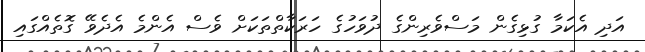
އަދި އެކަމާ ގުޅިގެން މަސްވެރިންގެ ދުވަހުގެ ހަރަކާތްތަކަށް ވެސް އެންމެ އެދެވޭ ގޮތެއްގައި